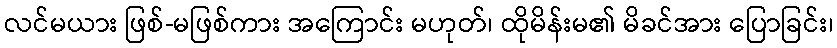
လင်မယား ဖြစ်-မဖြစ်ကား အကြောင်း မဟုတ်၊ ထိုမိန်းမ၏ မိခင်အား ပြောခြင်း၊